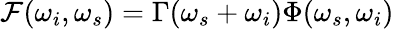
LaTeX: \mathcal{F}(\omega_{i},\omega_{s})=\Gamma(\omega_{s}+\omega_{i})\Phi(\omega_{s},\omega_{i})